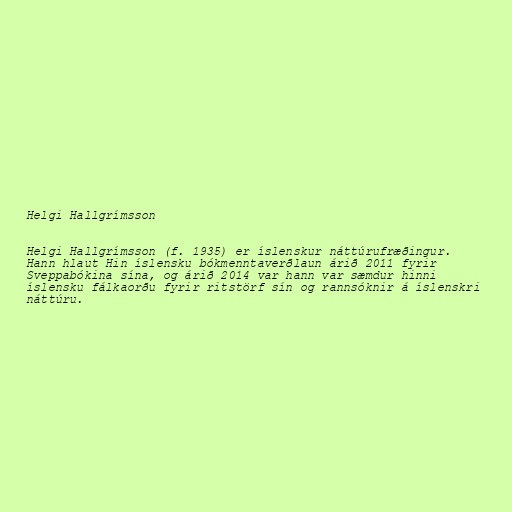
Helgi Hallgrímsson

Helgi Hallgrímsson (f. 1935) er íslenskur náttúrufræðingur.
Hann hlaut Hin íslensku bókmenntaverðlaun árið 2011 fyrir
Sveppabókina sína, og árið 2014 var hann var sæmdur hinni
íslensku fálkaorðu fyrir ritstörf sín og rannsóknir á íslenskri
náttúru.